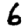
Digit: 6